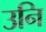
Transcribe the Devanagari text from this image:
उनि